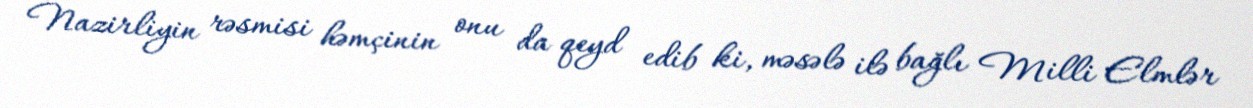
Nazirliyin rəsmisi həmçinin onu da qeyd edib ki, məsələ ilə bağlı Milli Elmlər